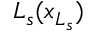
L _ { s } ( \ensuremath { \boldsymbol { { x } } } _ { L _ { s } } )